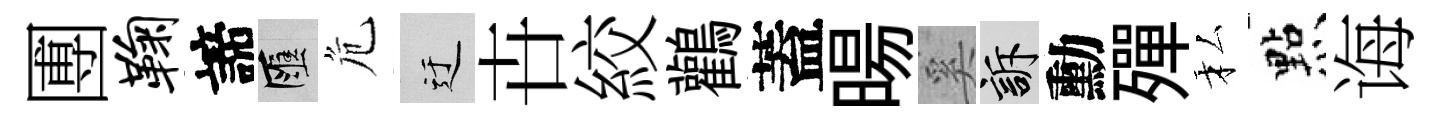
圑鞠諦匯危迂卋絞鸛蓋暘奚訴勳殫私㸃诲